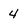
Character: 4